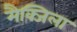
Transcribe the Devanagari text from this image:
मैक्जिला